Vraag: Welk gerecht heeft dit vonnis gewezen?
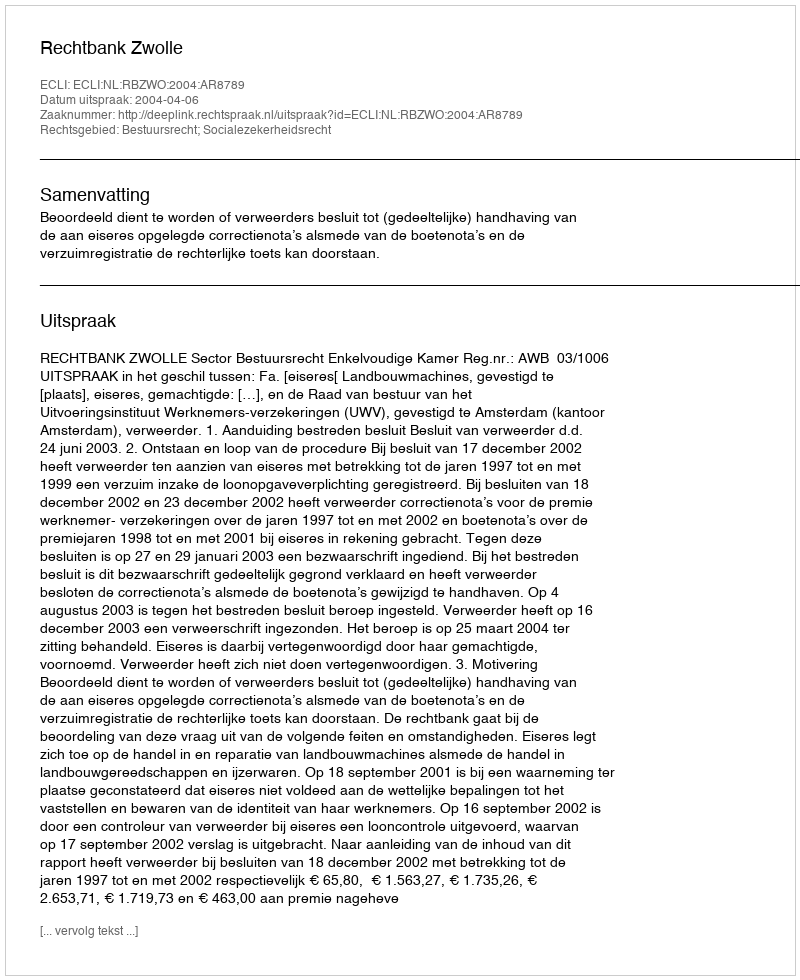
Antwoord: Rechtbank Zwolle